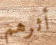
أثرهم